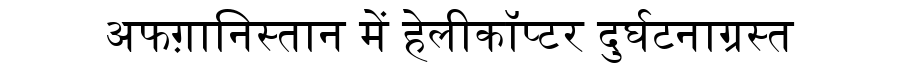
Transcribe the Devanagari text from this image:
अफग़ानिस्तान में हेलीकॉप्टर दुर्घटनाग्रस्त